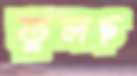
তুলছ